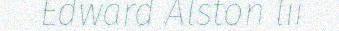
Edward Alston lii